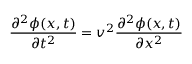
\frac { \partial ^ { 2 } \phi ( x , t ) } { \partial t ^ { 2 } } = v ^ { 2 } \frac { \partial ^ { 2 } \phi ( x , t ) } { \partial x ^ { 2 } }